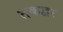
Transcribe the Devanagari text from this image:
तकद्वर